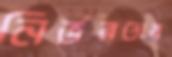
নির্ভরতায়